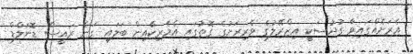
އެރަށެއްގައިވާ ގުދުސަކީ އިޒްރޭލުގެ ވެރިރަށުގެ ގޮތުގައި އެމެެރިކާއިން ބަލައި ގަނެ ރައީސް ޑޮނަލްޑް